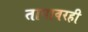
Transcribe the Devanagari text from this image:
तापावरही